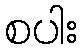
စပါး